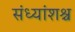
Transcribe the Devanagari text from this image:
संध्यांशश्च